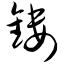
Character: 镂